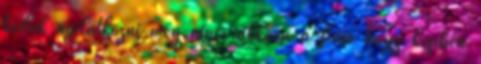
tudok nyilatkozni még nincs akkora a fiam hogy képben